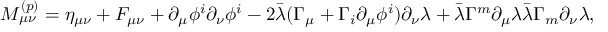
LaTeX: M _ { \mu \nu } ^ { ( p ) } = \eta _ { \mu \nu } + F _ { \mu \nu } + \partial _ { \mu } \phi ^ { i } \partial _ { \nu } \phi ^ { i } - 2 \bar { \lambda } ( \Gamma _ { \mu } + \Gamma _ { i } \partial _ { \mu } \phi ^ { i } ) \partial _ { \nu } \lambda + \bar { \lambda } \Gamma ^ { m } \partial _ { \mu } \lambda \bar { \lambda } \Gamma _ { m } \partial _ { \nu } \lambda ,